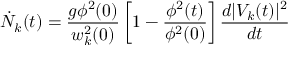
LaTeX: \dot { N } _ { k } ( t ) = \frac { g \phi ^ { 2 } ( 0 ) } { w _ { k } ^ { 2 } ( 0 ) } \left[ 1 - \frac { \phi ^ { 2 } ( t ) } { \phi ^ { 2 } ( 0 ) } \right] \frac { d | V _ { k } ( t ) | ^ { 2 } } { d t }